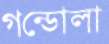
গন্ডোলা